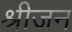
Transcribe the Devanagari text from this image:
श्रीजन